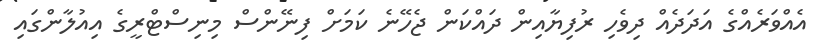
އެއްވަރެއްގެ އަދަދެއް ދިވެހި ރުފިޔާއިން ދައްކަން ޖެހޭނެ ކަމަށް ފިނޭންސް މިނިސްޓްރީގެ އިއުލާންގައި